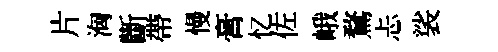
片洶斷帶慢膏忆佐峨鶩忐裟